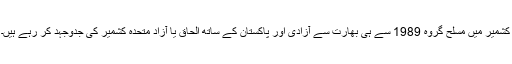
کشمیر میں مسلح گروہ 1989 سے ہی بھارت سے آزادی اور پاکستان کے ساتھ الحاق یا آزاد متحدہ کشمیر کی جدوجہد کر رہے ہیں۔